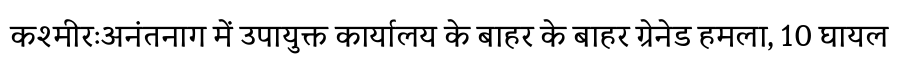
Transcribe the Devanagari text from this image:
कश्मीरःअनंतनाग में उपायुक्त कार्यालय के बाहर के बाहर ग्रेनेड हमला, 10 घायल